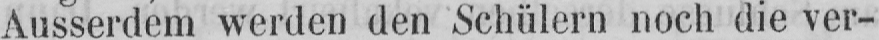
Ausserdem werden den Schülern noch die ver-